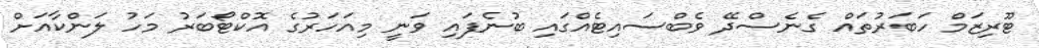
ޓޫރިޒަމް ހަބަރުތައް ގެނެސްދޭ ވެބްސައިޓެއްގައި ބުނެފައި ވަނީ މިއަހަރުގެ އޮކްޓޯބަރު މަހު ލަންކާއަށް